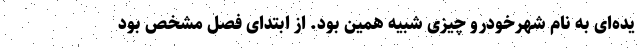
یده‌ای به نام شهرخودرو چیزی شبیه همین بود. از ابتدای فصل مشخص بود